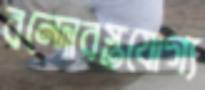
বন্দোবস্তযোগ্য